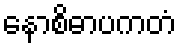
နောစိဓာပကတံ